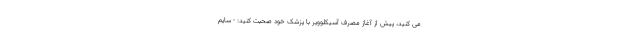
می کنید، پیش از آغاز مصرف آسیکلوویر با پزشک خود صحبت کنید: - سایم